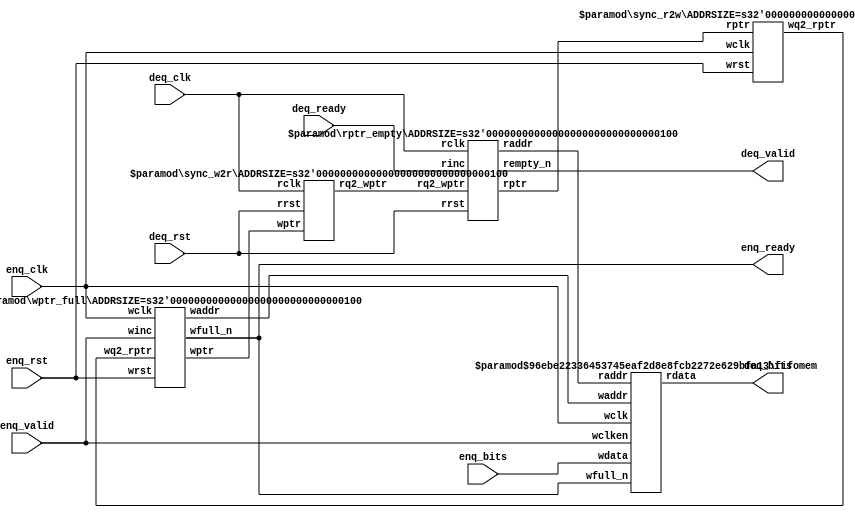
`timescale 1ns/1ps

module async_fifo #(parameter DSIZE = 8,
                    parameter ASIZE = 4)
( output [DSIZE-1:0] deq_bits,
  output             deq_valid,
  input  [DSIZE-1:0] enq_bits,
  output             enq_ready,
  input              enq_valid, enq_clk, enq_rst,
  input              deq_ready, deq_clk, deq_rst);

wire [ASIZE-1:0] waddr, raddr;
wire [ASIZE:0]   wptr, rptr, wq2_rptr, rq2_wptr;
//wire             winc_en;

sync_r2w #(ASIZE) sync_r2w (.wq2_rptr(wq2_rptr), .rptr(rptr),
                   .wclk(enq_clk), .wrst(enq_rst));

sync_w2r #(ASIZE) sync_w2r (.rq2_wptr(rq2_wptr), .wptr(wptr),
                   .rclk(deq_clk), .rrst(deq_rst));

fifomem #(DSIZE, ASIZE) fifomem (.rdata(deq_bits), .wdata(enq_bits),
                                 .waddr(waddr), .raddr(raddr),
                                 .wclken(enq_valid), .wfull_n(enq_ready), .wclk(enq_clk));

rptr_empty #(ASIZE) rptr_empty (.rempty_n(deq_valid),
                                .raddr(raddr),
                                .rptr(rptr), .rq2_wptr(rq2_wptr),
                                .rinc(deq_ready), .rclk(deq_clk),
                                .rrst(deq_rst));

wptr_full #(ASIZE) wptr_full (.wfull_n(enq_ready), .waddr(waddr),
                              .wptr(wptr), .wq2_rptr(wq2_rptr),
                              .winc(enq_valid), /*.winc_en(winc_en), */.wclk(enq_clk),
                              .wrst(enq_rst));

endmodule

module sync_r2w #(parameter ADDRSIZE = 4)
( output reg [ADDRSIZE:0] wq2_rptr,
  input [ADDRSIZE:0] rptr,
  input wclk, wrst);

  reg [ADDRSIZE:0] wq1_rptr;

  always @(posedge wclk /*or posedge wrst*/)
    if (wrst) {wq2_rptr,wq1_rptr} <= 0;
    else         {wq2_rptr,wq1_rptr} <= {wq1_rptr,rptr};

endmodule

module sync_w2r #(parameter ADDRSIZE = 4)
( output reg [ADDRSIZE:0] rq2_wptr,
  input [ADDRSIZE:0] wptr,
  input rclk, rrst);

  reg [ADDRSIZE:0] rq1_wptr;

  always @(posedge rclk /*or posedge rrst*/)
    if (rrst) {rq2_wptr,rq1_wptr} <= 0;
    else         {rq2_wptr,rq1_wptr} <= {rq1_wptr,wptr};

endmodule

module fifomem #(parameter DATASIZE = 8, // Memory data word width
                 parameter ADDRSIZE = 4) // Number of mem address bits
( output [DATASIZE-1:0] rdata,
  input  [DATASIZE-1:0] wdata,
  input  [ADDRSIZE-1:0] waddr, raddr,
  input                 wclken, wfull_n, wclk);

// RTL Verilog memory model
localparam DEPTH = 1<<ADDRSIZE;
reg [DATASIZE-1:0] mem [0:DEPTH-1];

assign rdata = mem[raddr];

always @(posedge wclk)
  if (wclken && wfull_n) mem[waddr] <= wdata;

endmodule

module rptr_empty #(parameter ADDRSIZE = 4)
( output reg                rempty_n,
  output     [ADDRSIZE-1:0] raddr,
  output reg [ADDRSIZE :0]  rptr,
  input      [ADDRSIZE :0]  rq2_wptr,
  input                     rinc, rclk, rrst);

  reg  [ADDRSIZE:0] rbin;
  wire [ADDRSIZE:0] rgraynext, rbinnext;
  wire              rempty_n_val;

//-------------------
// GRAYSTYLE2 pointer
//-------------------
  always @(posedge rclk /*or posedge rrst*/)
    if (rrst) {rbin, rptr} <= 0;
    else         {rbin, rptr} <= {rbinnext, rgraynext};

// Memory read-address pointer (okay to use binary to address memory)
  assign raddr     = rbin[ADDRSIZE-1:0];
  assign rbinnext  = rbin + (rinc & rempty_n);
  assign rgraynext = (rbinnext>>1) ^ rbinnext;

//---------------------------------------------------------------
// FIFO empty when the next rptr == synchronized wptr or on reset
//---------------------------------------------------------------
  assign rempty_n_val = !(rgraynext == rq2_wptr);

  always @(posedge rclk /*or posedge rrst*/)
    if (rrst) rempty_n <= 1'b0;
    else         rempty_n <= rempty_n_val;

endmodule

module wptr_full #(parameter ADDRSIZE = 4)
( output reg                wfull_n,
  output     [ADDRSIZE-1:0] waddr,
  output reg [ADDRSIZE :0]  wptr,
  input      [ADDRSIZE :0]  wq2_rptr,
  input                     winc, wclk, wrst/*,
  output                    winc_en*/);

  reg  [ADDRSIZE:0] wbin;
  wire [ADDRSIZE:0] wgraynext, wbinnext;
  wire              wfull_n_val;
//  wire              winc_en;

// GRAYSTYLE2 pointer
  always @(posedge wclk /*or posedge wrst*/)
    if (wrst) {wbin, wptr} <= 0;
    else         {wbin, wptr} <= {wbinnext, wgraynext};

// Memory write-address pointer (okay to use binary to address memory)
  assign waddr = wbin[ADDRSIZE-1:0];
//  assign winc_en = winc & wfull_n;
  assign wbinnext = wbin + (winc & wfull_n);
  assign wgraynext = (wbinnext>>1) ^ wbinnext;

//------------------------------------------------------------------
// Simplified version of the three necessary full-tests:
// assign wfull_val=((wgnext[ADDRSIZE] !=wq2_rptr[ADDRSIZE] ) &&
// (wgnext[ADDRSIZE-1] !=wq2_rptr[ADDRSIZE-1]) &&
// (wgnext[ADDRSIZE-2:0]==wq2_rptr[ADDRSIZE-2:0]));
//------------------------------------------------------------------

  assign wfull_n_val = !(wgraynext=={~wq2_rptr[ADDRSIZE:ADDRSIZE-1], wq2_rptr[ADDRSIZE-2:0]});

  always @(posedge wclk /*or posedge wrst*/)
    if (wrst) wfull_n <= 1'b1;
    else         wfull_n <= wfull_n_val;

endmodule